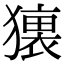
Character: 𤢢